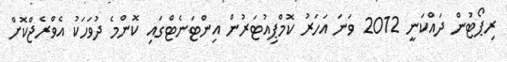
ރިޕޯޓުން ދައްކަނީ 2012 ވަނަ އަހަރު ކޮމްޕިއުޓަރުން އިންޓަނެޓްގައި ކޮންމެ ދުވަހަކު އެވްރެޖްކޮށް